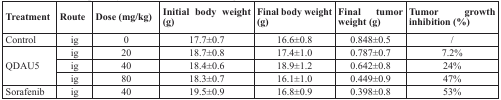
<table><thead><tr><td><b>Treatment</b></td><td><b>Route</b></td><td><b>Dose (mg/kg)</b></td><td><b>Initial body weight (g)</b></td><td><b>Final body weight (g)</b></td><td><b>Final tumor weight (g)</b></td><td><b>Tumor growth inhibition (%)</b></td></tr></thead><tbody><tr><td>Control</td><td>ig</td><td>0</td><td>17.7±0.7</td><td>16.6±0.8</td><td>0.848±0.5</td><td>/</td></tr><tr><td rowspan="3">QDAU5</td><td>ig</td><td>20</td><td>18.7±0.8</td><td>17.4±1.0</td><td>0.787±0.7</td><td>7.2%</td></tr><tr><td>ig</td><td>40</td><td>18.4±0.6</td><td>18.9±1.2</td><td>0.642±0.8</td><td>24%</td></tr><tr><td>ig</td><td>80</td><td>18.3±0.7</td><td>16.1±1.0</td><td>0.449±0.9</td><td>47%</td></tr><tr><td>Sorafenib</td><td>ig</td><td>40</td><td>19.5±0.9</td><td>16.8±0.9</td><td>0.398±0.8</td><td>53%</td></tr></tbody></table>